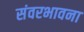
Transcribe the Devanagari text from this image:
संवरभावना